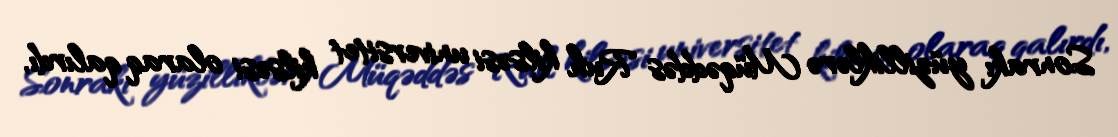
Sonrakı yüzilliklərə Müqəddəs Ruh kilsəsi universitet kilsəsi olaraq qalırdı,